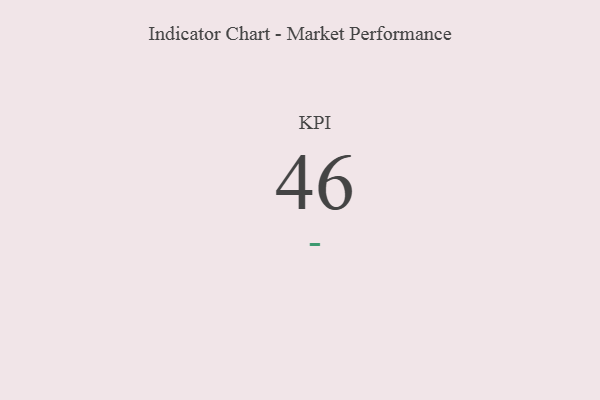
{"axis": {"x": "KPI", "y": "Value"}, "legend": [""], "data": [{"x": "KPI", "y": 46, "type": ""}]}